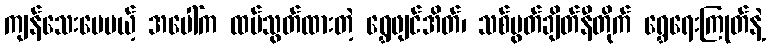
ကျန်သေးပေမယ့် အပေါ်က ထပ်သွတ်ထားတဲ့ ရွှေဖျင်အိတ်၊ သစ်ပွတ်ချိတ်နီတိုက် ရွှေရေးကြုတ်နဲ့